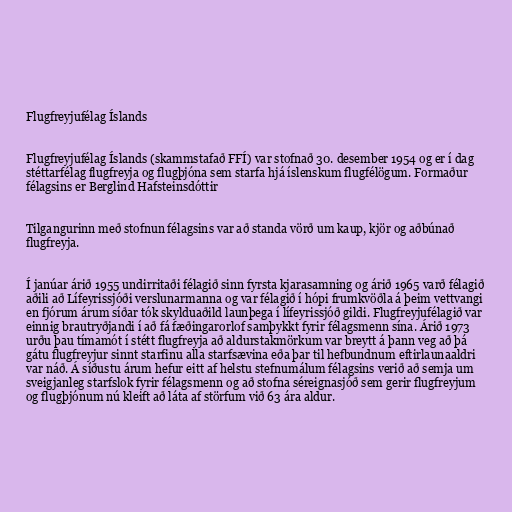
Flugfreyjufélag Íslands

Flugfreyjufélag Íslands (skammstafað FFÍ) var stofnað 30. desember 1954 og er í dag
stéttarfélag flugfreyja og flugþjóna sem starfa hjá íslenskum flugfélögum. Formaður
félagsins er Berglind Hafsteinsdóttir

Tilgangurinn með stofnun félagsins var að standa vörð um kaup, kjör og aðbúnað
flugfreyja.

Í janúar árið 1955 undirritaði félagið sinn fyrsta kjarasamning og árið 1965 varð félagið
aðili að Lífeyrissjóði verslunarmanna og var félagið í hópi frumkvöðla á þeim vettvangi
en fjórum árum síðar tók skylduaðild launþega í lífeyrissjóð gildi. Flugfreyjufélagið var
einnig brautryðjandi í að fá fæðingarorlof samþykkt fyrir félagsmenn sína. Árið 1973
urðu þau tímamót í stétt flugfreyja að aldurstakmörkum var breytt á þann veg að þá
gátu flugfreyjur sinnt starfinu alla starfsævina eða þar til hefbundnum eftirlaunaaldri
var náð. Á síðustu árum hefur eitt af helstu stefnumálum félagsins verið að semja um
sveigjanleg starfslok fyrir félagsmenn og að stofna séreignasjóð sem gerir flugfreyjum
og flugþjónum nú kleift að láta af störfum við 63 ára aldur.